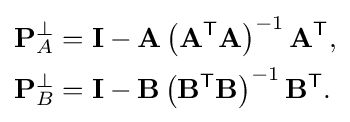
{\begin{aligned}\mathbf {P} _{A}^{\perp }&=\mathbf {I} -\mathbf {A} \left(\mathbf {A} ^{\textsf {T}}\mathbf {A} \right)^{-1}\mathbf {A} ^{\textsf {T}},\\\mathbf {P} _{B}^{\perp }&=\mathbf {I} -\mathbf {B} \left(\mathbf {B} ^{\textsf {T}}\mathbf {B} \right)^{-1}\mathbf {B} ^{\textsf {T}}.\end{aligned}}